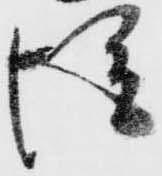
従